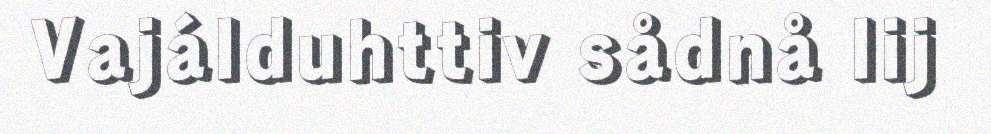
Vajálduhttiv sådnå lij